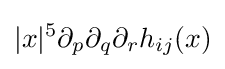
|x|^{5}\partial _{p}\partial _{q}\partial _{r}h_{ij}(x)